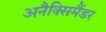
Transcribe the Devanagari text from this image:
अनैक्सिमैंडर